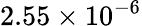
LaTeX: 2.55\times 10^{-6}